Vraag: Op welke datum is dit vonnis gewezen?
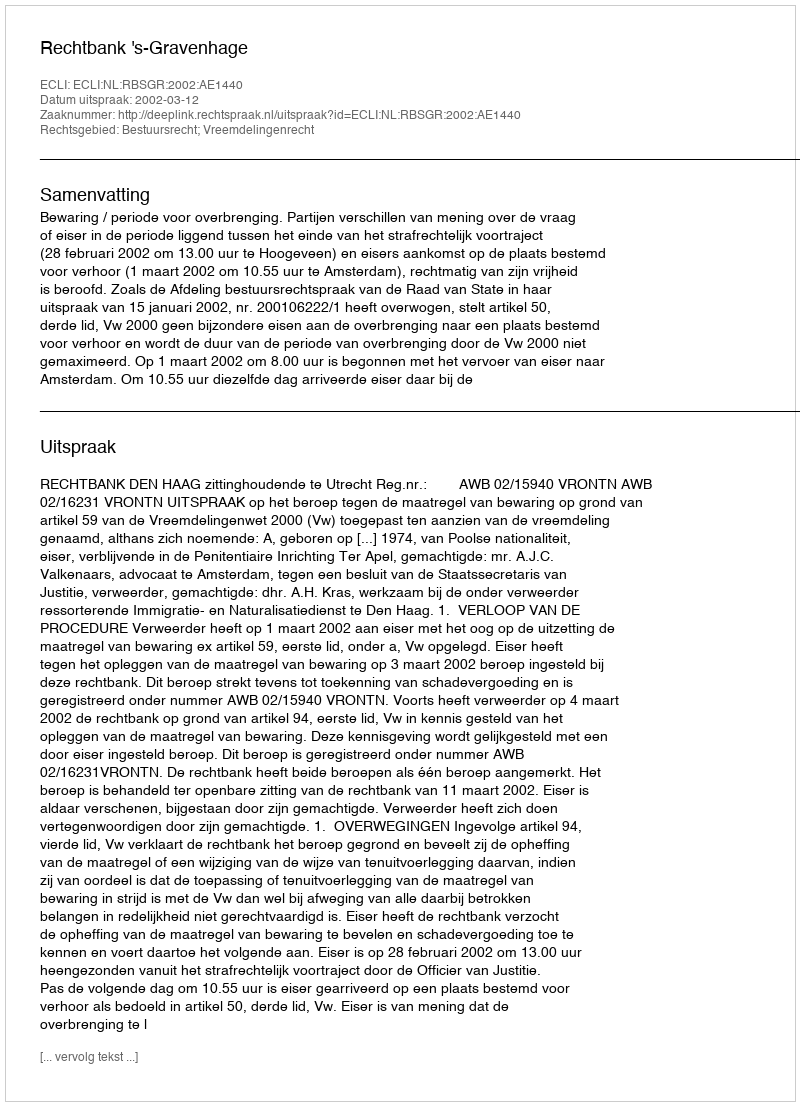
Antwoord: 2002-03-12